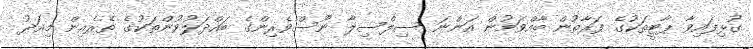
ގުޅިފައިވާ ޕާޓީތަކުގެ ފަރާތުން ބާއްވަމުން އަންނަ ސިލްސިލާ ނޫސްވެރިންގެ ބައްދަލުވުންތަކުގެ ތެރެއިން މިއަދު